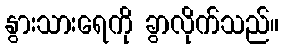
နွားသားရေကို ခွာလိုက်သည်။